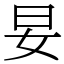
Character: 妟